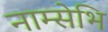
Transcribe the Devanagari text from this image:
नाम्सेभि